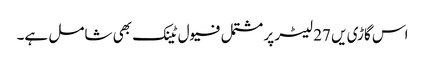
اس گاڑی یں 27 لیٹر پر مشتمل فیول ٹینک بھی شامل ہے۔